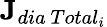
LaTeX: \textbf{J}_{dia\ Total_{i}}